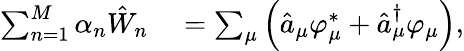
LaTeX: \begin{array}{rl}{\sum_{n=1}^{M}\alpha_{n}\hat{W}_{n}}&{{}=\sum_{\mu}\left(\hat{a}_{\mu}\varphi_{\mu}^{*}+\hat{a}_{\mu}^{\dagger}\varphi_{\mu}\right),}\end{array}